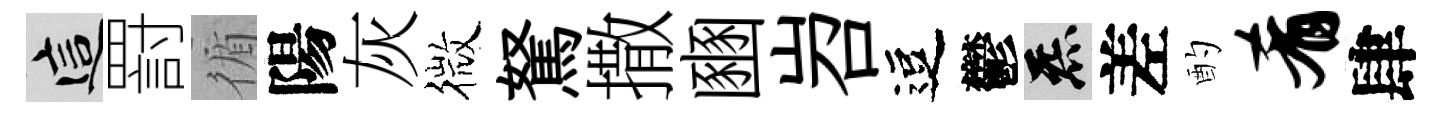
這罸循陽灰微駑撒豳岧逗鬱炁差酌肴肆